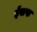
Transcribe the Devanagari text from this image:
ईसपः